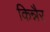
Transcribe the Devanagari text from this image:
किन्नैर